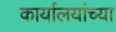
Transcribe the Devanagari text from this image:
कार्यालयांच्या